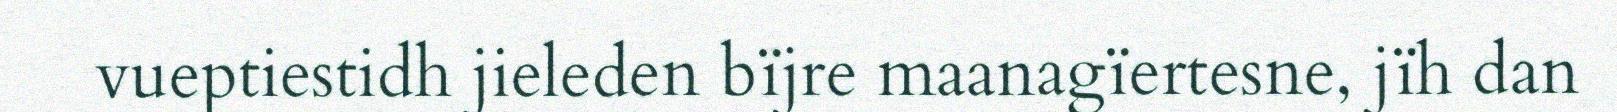
vueptiestidh jieleden bïjre maanagïertesne, jïh dan